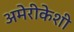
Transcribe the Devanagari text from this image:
अमेरीकेशी